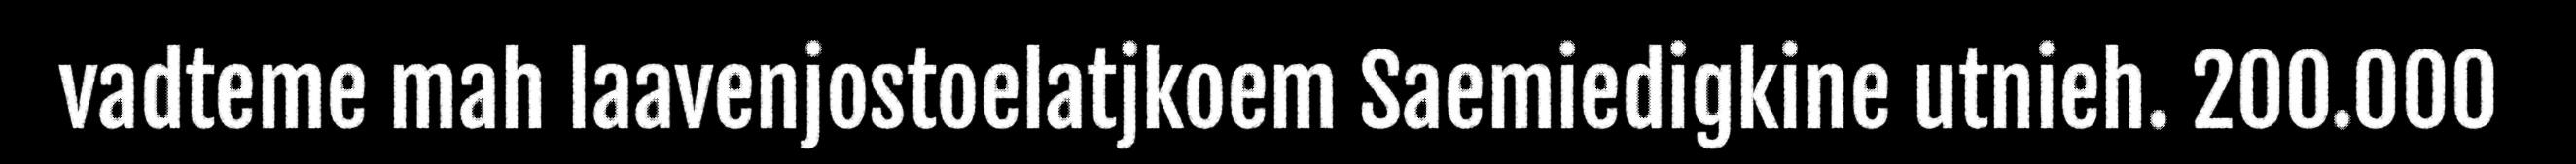
vadteme mah laavenjostoelatjkoem Saemiedigkine utnieh. 200.000